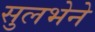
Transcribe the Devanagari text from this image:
सुलभेने